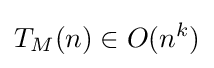
T_{M}(n)\in O(n^{k})